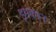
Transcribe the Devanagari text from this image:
इमकान